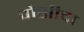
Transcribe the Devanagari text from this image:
पोशीदा